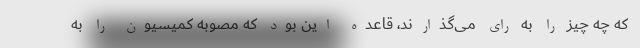
که چه چیز را به رای می‌گذارند، قاعده این بود که مصوبه کمیسیون را به